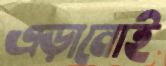
এড়ানোই